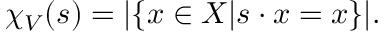
\chi _ { V } ( s ) = | \{ x \in X | s \cdot x = x \} | .